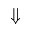
\Downarrow